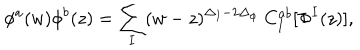
\phi ^ { a } ( w ) \phi ^ { b } ( z ) = { \sum _ { I } } ( w - z ) ^ { \Delta _ { I } - 2 \Delta _ { \phi } } ~ C _ { I } ^ { a b } [ \Phi ^ { I } ( z ) ] ,